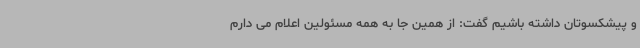
و پیشکسوتان داشته باشیم گفت: از همین جا به همه مسئولین اعلام می دارم